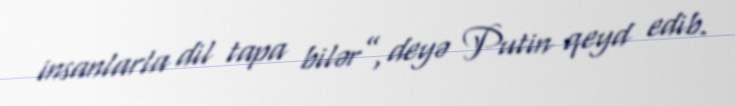
insanlarla dil tapa bilər”, deyə Putin qeyd edib.